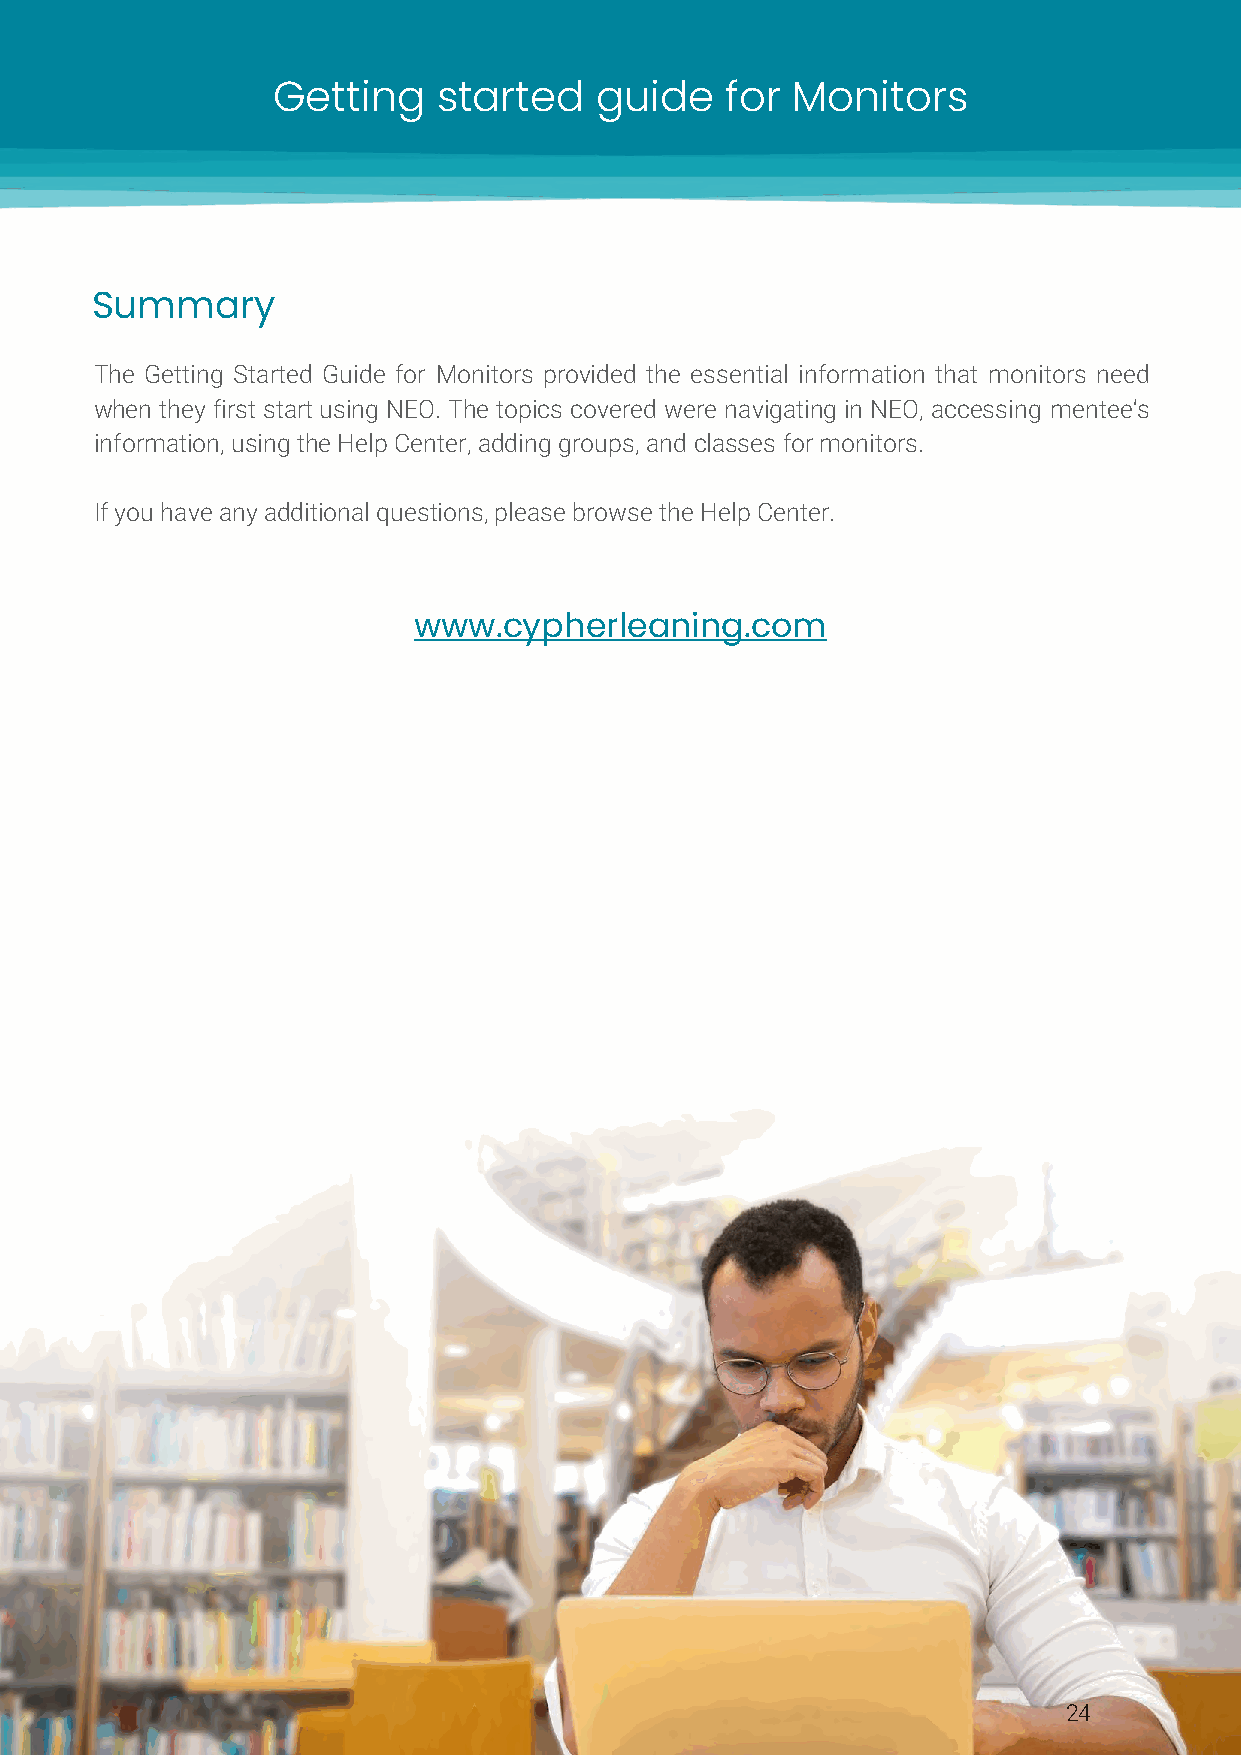
Getting    started   guide    for Monitors
 Summary
 The Getting Started Guide for Monitors provided the essential information that monitors need
 when they first start using NEO. The topics covered were navigating in NEO, accessing mentee's
 information, using the Help Center, adding groups, and classes for monitors.
 If you have any additional questions, please browse the Help Center.
 www.cypherleaning.com
 24